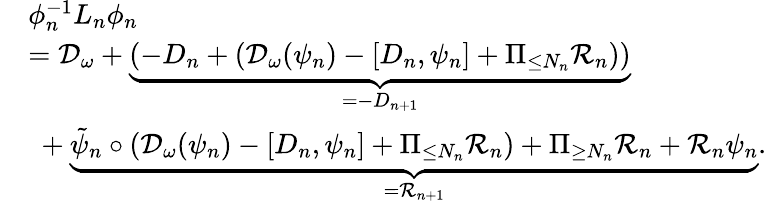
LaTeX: \begin{array}{rl}&{\phi_{n}^{-1}L_{n}\phi_{n}}\\ &{=\mathcal{D}_{\omega}+\underbrace{\left(-D_{n}+\left(\mathcal{D}_{\omega}(\psi_{n})-[D_{n},\psi_{n}]+\Pi_{\le N_{n}}\mathcal{R}_{n}\right)\right)}_{=-D_{n+1}}}\\ &{\ +\underbrace{\tilde{\psi}_{n}\circ\left(\mathcal{D}_{\omega}(\psi_{n})-[D_{n},\psi_{n}]+\Pi_{\le N_{n}}\mathcal{R}_{n}\right)+\Pi_{\ge N_{n}}\mathcal{R}_{n}+\mathcal{R}_{n}\psi_{n}}_{=\mathcal{R}_{n+1}}.}\end{array}